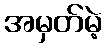
အမှတ်မဲ့